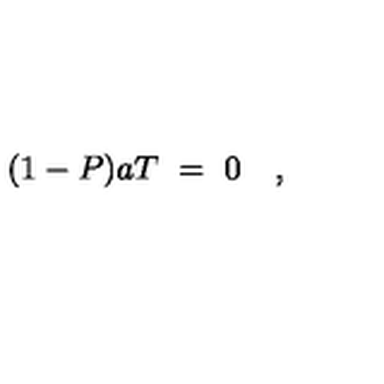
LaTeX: ( 1 - P ) a T \ = \ 0 \quad ,